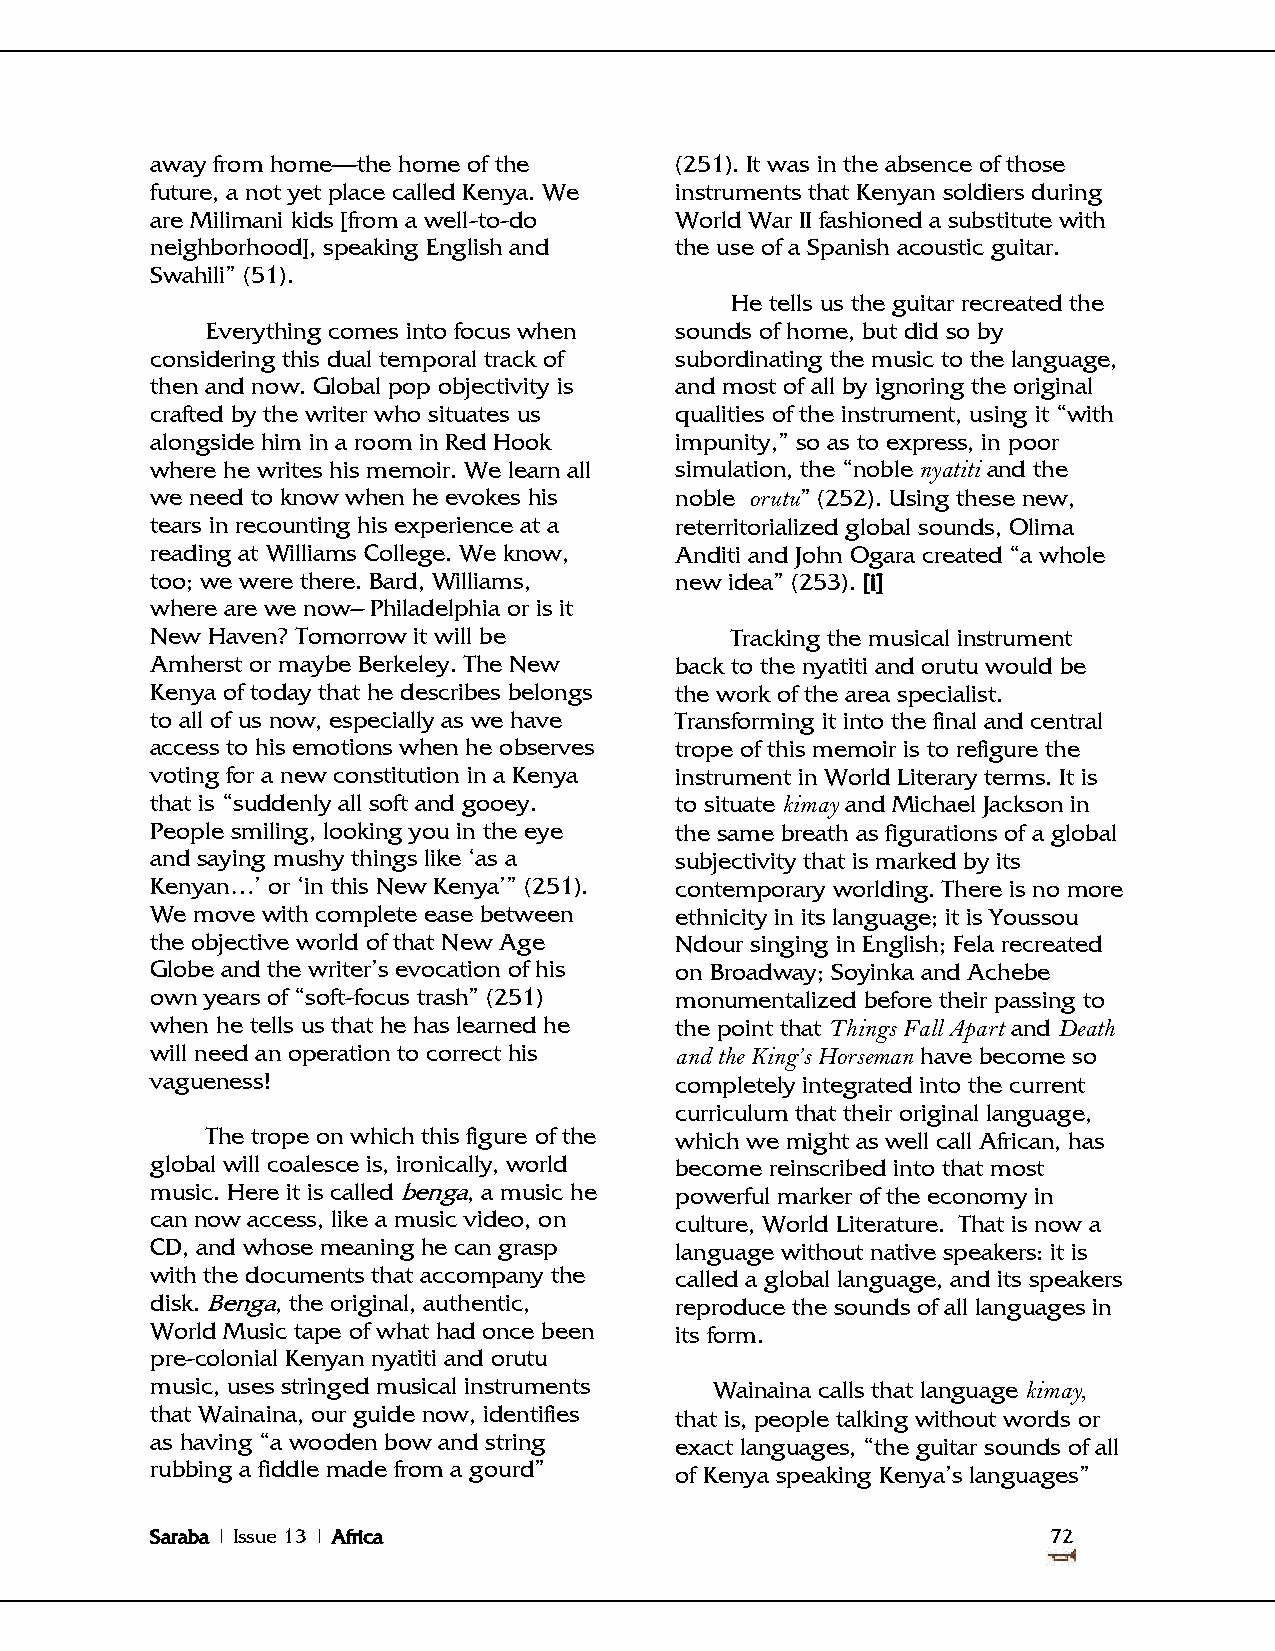
away from home—the home of the     (251). It was in the absence of those
 future, a not yet place called Kenya. We instruments that Kenyan soldiers during
 are Milimani kids [from a well-to-do World War II fashioned a substitute with
 neighborhood], speaking English and the use of a Spanish acoustic guitar.
 Swahili‖ (51).
 He tells us the guitar recreated the
 Everything comes into focus when sounds of home, but did so by
 considering this dual temporal track of subordinating the music to the language,
 then and now. Global pop objectivity is and most of all by ignoring the original
 crafted by the writer who situates us qualities of the instrument, using it ―with
 alongside him in a room in Red Hook impunity,‖ so as to express, in poor
 where he writes his memoir. We learn all simulation, the ―noble nyatiti and the
 we need to know when he evokes his noble orutu‖ (252). Using these new,
 tears in recounting his experience at a reterritorialized global sounds, Olima
 reading at Williams College. We know, Anditi and John Ogara created ―a whole
 too; we were there. Bard, Williams, new idea‖ (253). [i]
 where are we now– Philadelphia or is it
 New Haven? Tomorrow it will be        Tracking the musical instrument
 Amherst or maybe Berkeley. The New back to the nyatiti and orutu would be
 Kenya of today that he describes belongs the work of the area specialist.
 to all of us now, especially as we have Transforming it into the final and central
 access to his emotions when he observes trope of this memoir is to refigure the
 voting for a new constitution in a Kenya instrument in World Literary terms. It is
 that is ―suddenly all soft and gooey. to situate kimay and Michael Jackson in
 People smiling, looking you in the eye the same breath as figurations of a global
 and saying mushy things like ‗as a subjectivity that is marked by its
 Kenyan…‘ or ‗in this New Kenya‘‖ (251). contemporary worlding. There is no more
 We move with complete ease between ethnicity in its language; it is Youssou
 the objective world of that New Age Ndour singing in English; Fela recreated
 Globe and the writer‘s evocation of his on Broadway; Soyinka and Achebe
 own years of ―soft-focus trash‖ (251) monumentalized before their passing to
 when he tells us that he has learned he the point that Things Fall Apart and Death
 will need an operation to correct his and the King’s Horseman have become so
 vagueness!                         completely integrated into the current
 curriculum that their original language,
 The trope on which this figure of the which we might as well call African, has
 global will coalesce is, ironically, world become reinscribed into that most
 music. Here it is called benga, a music he powerful marker of the economy in
 can now access, like a music video, on culture, World Literature. That is now a
 CD, and whose meaning he can grasp language without native speakers: it is
 with the documents that accompany the called a global language, and its speakers
 disk. Benga, the original, authentic, reproduce the sounds of all languages in
 World Music tape of what had once been its form.
 pre-colonial Kenyan nyatiti and orutu
 music, uses stringed musical instruments Wainaina calls that language kimay,
 that Wainaina, our guide now, identifies that is, people talking without words or
 as having ―a wooden bow and string exact languages, ―the guitar sounds of all
 rubbing a fiddle made from a gourd‖ of Kenya speaking Kenya‘s languages‖
 Saraba | Issue 13 | Africa                                  72